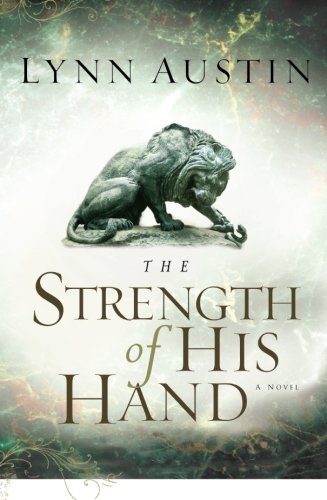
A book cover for The Strength of His Hand (Chronicles of the Kings #3) (Volume 3); Lynn Austin; Literature & Fiction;